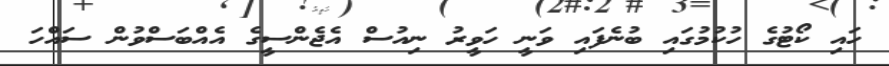
ހައި ކޯޓުގެ ހުކުމުގައި ބުނެފައި ވަނީ ހަވީރު ނިއުސް އެޖެންސީގެ އެއްބަސްވުން ސައްހަ